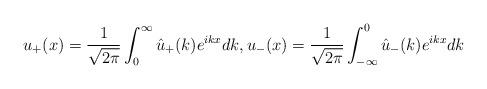
LaTeX: \begin{align*}u_+(x) = \frac{1}{\sqrt{2\pi}} \int_0^{\infty} \hat{u}_+(k) e^{i k x} dk, u_-(x) = \frac{1}{\sqrt{2\pi}} \int_{-\infty}^0 \hat{u}_-(k) e^{i k x} dk\end{align*}